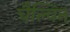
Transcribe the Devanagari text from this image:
चैल्विन